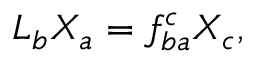
{ \cal L } _ { b } X _ { a } = f _ { b a } ^ { c } X _ { c } ,